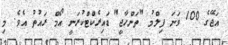
އަޖޭގެ 100 ވަނަ ފިލްމު "ތަންހާޖީ" ޑައިރެކްޓްކުރަނީ އޯމް ރައުތު އެވެ. މި